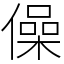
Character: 僺